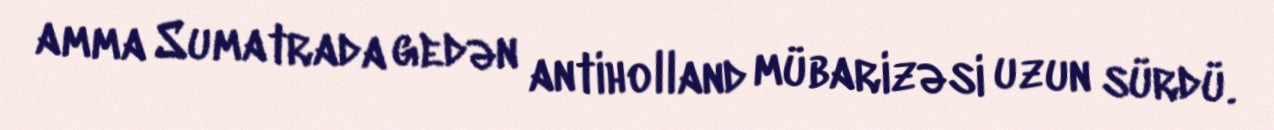
amma Sumatrada gedən antiholland mübarizəsi uzun sürdü.